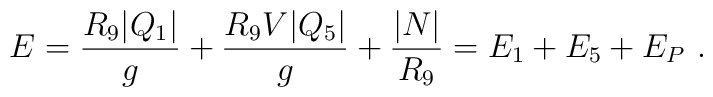
E= {R_9 |Q_1|\over g} + {R_9 V |Q_5|\over g} +{ |N|\over R_9} = E_1 + E_5 +E_P\ .